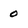
Character: 0